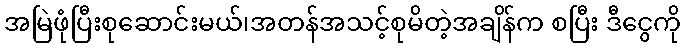
အမြဲဖုံပြီးစုဆောင်းမယ်၊အတန်အသင့်စုမိတဲ့အချိန်က စပြီး ဒီငွေကို